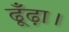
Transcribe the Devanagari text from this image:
ढूँढ़ा।